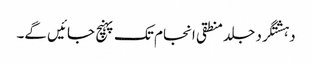
دہشتگرد جلد منطقی انجام تک پہنچ جائیں گے۔